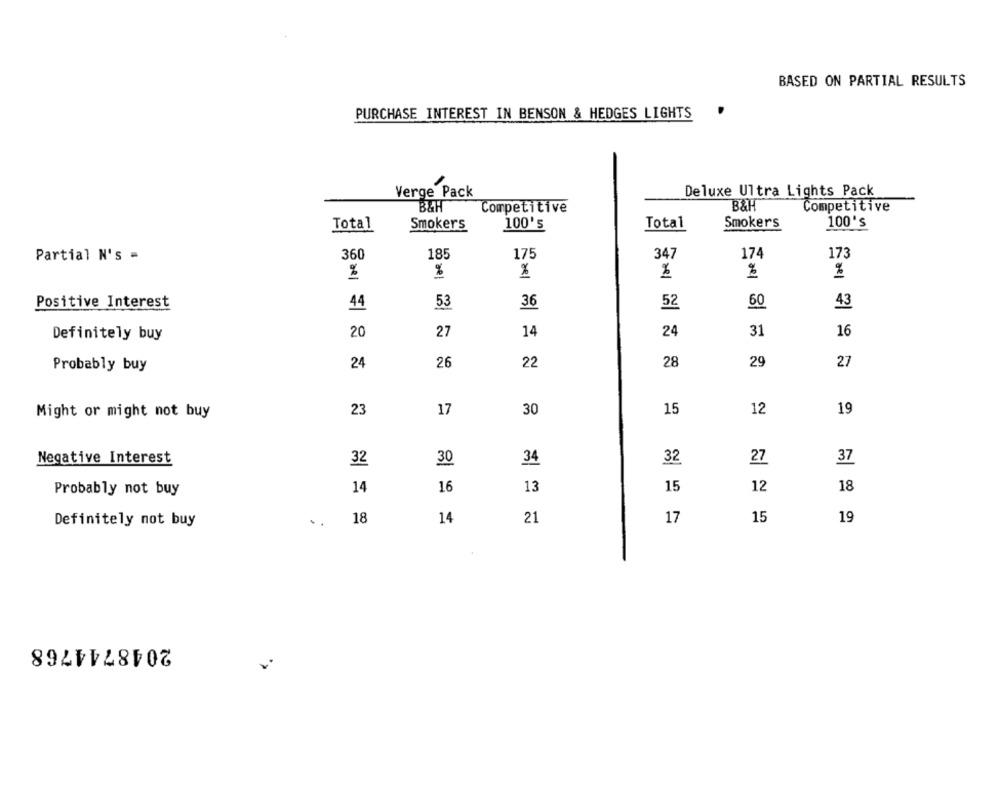
BASED ON PARTIAL RESULTS
PURCHASE INTEREST IN BENSON & HEDGES LIGHTS
Verge Pack
Deluxe Ultra Lights Pack
B&H
B&H
Competitive
Competitive
Total
Smokers
100's
Total
Smokers
100's
175
34
174
173
Partial N's =
360
185
%
%
%
%
%
60
Positive Interest
44
53
36
52
43
20
27
14
24
31
16
Definitely buy
24
26
22
28
29
27
Probably buy
17
30
15
12
19
Might or might not buy
23
Negative Interest
32
30
34
32
27
37
Probably not buy
14
16
13
15
12
18
Definitely not buy
18
14
21
17
15
19
2048744768